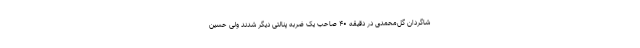
شاگردان گل‌محمدی در دقیقه ۴۰ صاحب یک ضربه پنالتی دیگر شدند ولی حسین